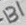
Text: B1